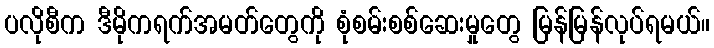
ပလိုစီက ဒီမိုကရက်အမတ်တွေကို စုံစမ်းစစ်ဆေးမှုတွေ မြန်မြန်လုပ်ရမယ်။